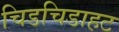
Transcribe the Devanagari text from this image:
चिडचिडाहट